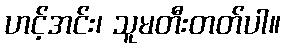
ဟင့်အင်း၊ သူမတီးတတ်ပါ။